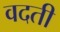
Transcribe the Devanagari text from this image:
वदती